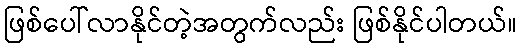
ဖြစ်ပေါ်လာနိုင်တဲ့အတွက်လည်း ဖြစ်နိုင်ပါတယ်။